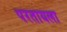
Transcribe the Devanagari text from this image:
परतायला